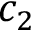
c _ { 2 }